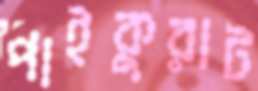
পাইকুরাট